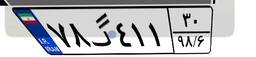
۷۸گ۴۱۱۳۰